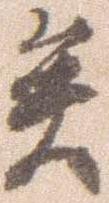
矣